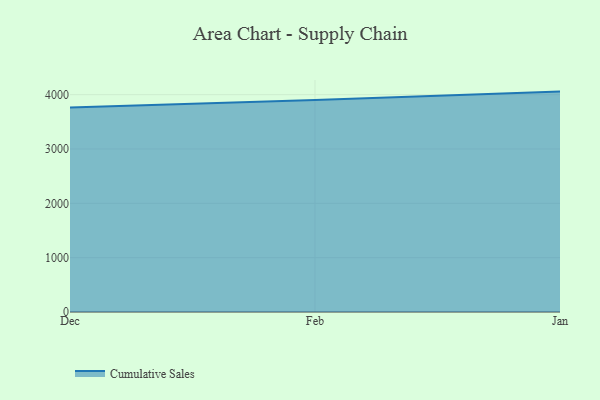
{"axis": {"x": "Month", "y": "Satisfaction Score"}, "legend": ["Cumulative Sales"], "data": [{"x": "Dec", "y": 3762.7, "type": "Cumulative Sales"}, {"x": "Feb", "y": 3902.5, "type": "Cumulative Sales"}, {"x": "Jan", "y": 4056.7, "type": "Cumulative Sales"}]}